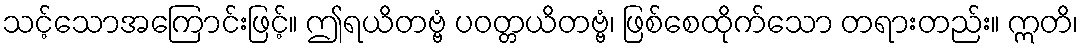
သင့်သောအကြောင်းဖြင့်။ ဤရယိတဗ္ဗံ ပဝတ္တယိတဗ္ဗံ၊ ဖြစ်စေထိုက်သော တရားတည်း။ ဣတိ၊